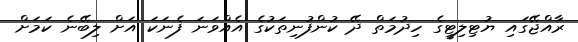
ރާއްޖޭގައި ޔުޓިލިޓީގެ ހިދުމަތް ދޭ ކުންފުނިތަކުގެ އެއްވަނަ ފެނަކަ އަށް ލިބޭނެ ކަމަށް